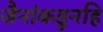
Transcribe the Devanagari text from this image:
जैनांकडूनहि